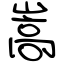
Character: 嵩